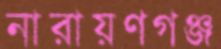
নারায়ণগঞ্জ